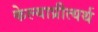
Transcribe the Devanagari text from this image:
केल्याप्रीत्यर्थ